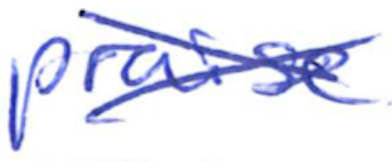
Text: praise
Cross-out: cross
Writing tool: ballpoint